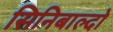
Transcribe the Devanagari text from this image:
सिनिबाल्दो